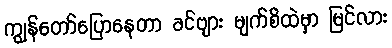
ကျွန်တော်ပြောနေတာ ခင်ဗျား မျက်စိထဲမှာ မြင်လား